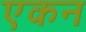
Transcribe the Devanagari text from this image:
एकन